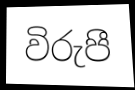
විරුපී